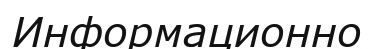
Информационно